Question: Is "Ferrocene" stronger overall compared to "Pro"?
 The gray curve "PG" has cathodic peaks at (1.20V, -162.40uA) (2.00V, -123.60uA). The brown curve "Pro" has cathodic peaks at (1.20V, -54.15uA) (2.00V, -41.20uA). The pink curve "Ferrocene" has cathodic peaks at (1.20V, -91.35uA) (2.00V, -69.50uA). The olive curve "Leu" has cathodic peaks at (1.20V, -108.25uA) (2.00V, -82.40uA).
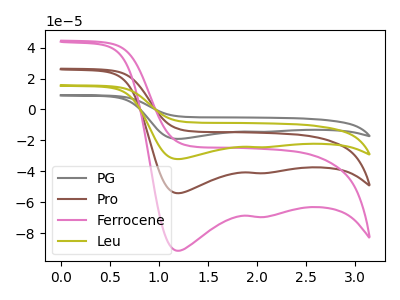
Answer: <think>All the peaks in "Ferrocene" have a peak in "Pro" at the same potential. Every peak in "Ferrocene" is higher than every peak in "Pro".
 </think>
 <answer>"Ferrocene" has more signal than "Pro".</answer>
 <eval>more_signal</eval>